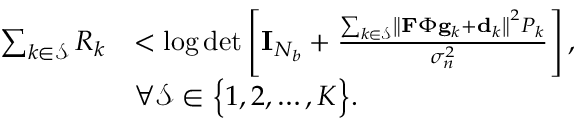
\begin{array} { r l } { \sum _ { k \in \mathcal { S } } R _ { k } } & { < \log \operatorname* { d e t } \left[ \mathbf { I } _ { N _ { b } } + \frac { \sum _ { k \in \mathcal { S } } \left\| \mathbf { F } \boldsymbol { \Phi } \mathbf { g } _ { k } + \mathbf { d } _ { k } \right\| ^ { 2 } P _ { k } } { \sigma _ { n } ^ { 2 } } \right] , } \\ & { \forall \mathcal { S } \in \Bigl \{ 1 , 2 , \ldots , K \Bigr \} . } \end{array}